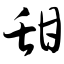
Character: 甜